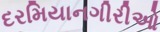
દરમિયાનગીરીઓ